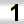
Digit: 1